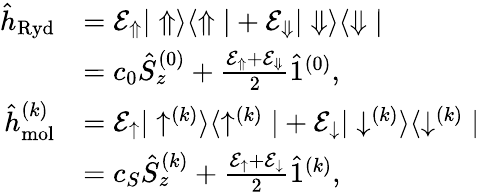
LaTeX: \begin{array}{rl}{\hat{h}_{\mathrm{Ryd}}}&{=\mathcal{E}_{\Uparrow}|\Uparrow\rangle\langle\Uparrow|+\mathcal{E}_{\Downarrow}|\Downarrow\rangle\langle\Downarrow|}\\ &{=c_{0}\hat{S}_{z}^{(0)}+\frac{\mathcal{E}_{\Uparrow}+\mathcal{E}_{\Downarrow}}{2}\hat{1}^{(0)},}\\ {\hat{h}_{\mathrm{mol}}^{(k)}}&{=\mathcal{E}_{\uparrow}|\uparrow^{(k)}\rangle\langle\uparrow^{(k)}|+\mathcal{E}_{\downarrow}|\downarrow^{(k)}\rangle\langle\downarrow^{(k)}|}\\ &{=c_{S}\hat{S}_{z}^{(k)}+\frac{\mathcal{E}_{\uparrow}+\mathcal{E}_{\downarrow}}{2}\hat{1}^{(k)},}\end{array}